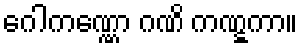
ဂေါကဏ္ဏော ဂဏိ ကဏ္ဋကာ။